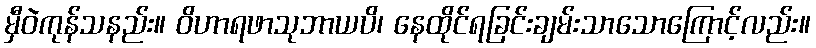
မှီဝဲကုန်သနည်း။ ဝိဟာရဖာသုဘာယပိ၊ နေထိုင်ရခြင်းချမ်းသာသောကြောင့်လည်း။